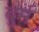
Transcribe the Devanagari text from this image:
बुर्म